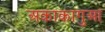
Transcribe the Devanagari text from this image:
अकाकागुआ